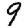
Digit: 9